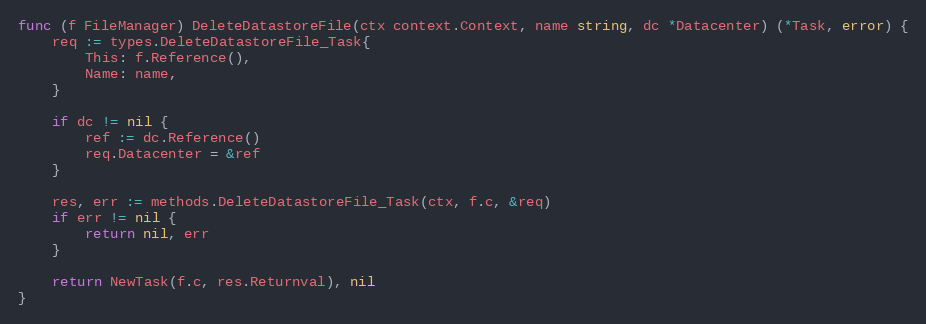
Language: Go
func (f FileManager) DeleteDatastoreFile(ctx context.Context, name string, dc *Datacenter) (*Task, error) {
	req := types.DeleteDatastoreFile_Task{
		This: f.Reference(),
		Name: name,
	}

	if dc != nil {
		ref := dc.Reference()
		req.Datacenter = &ref
	}

	res, err := methods.DeleteDatastoreFile_Task(ctx, f.c, &req)
	if err != nil {
		return nil, err
	}

	return NewTask(f.c, res.Returnval), nil
}